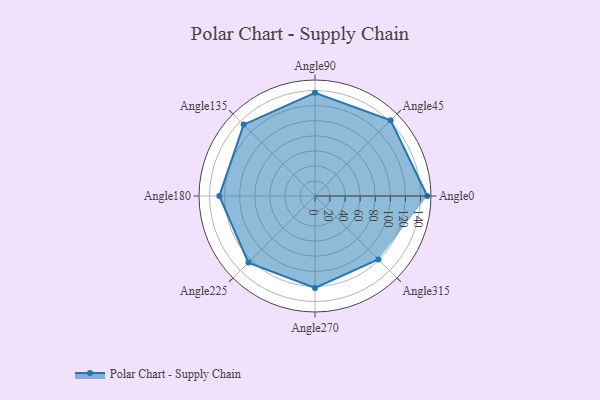
{"axis": {"x": "Angle", "y": "Radius"}, "legend": [""], "data": [{"x": "Angle0", "y": 149.0, "type": ""}, {"x": "Angle45", "y": 142.0, "type": ""}, {"x": "Angle90", "y": 137.0, "type": ""}, {"x": "Angle135", "y": 134.0, "type": ""}, {"x": "Angle180", "y": 127.0, "type": ""}, {"x": "Angle225", "y": 125.0, "type": ""}, {"x": "Angle270", "y": 122.0, "type": ""}, {"x": "Angle315", "y": 119.0, "type": ""}]}